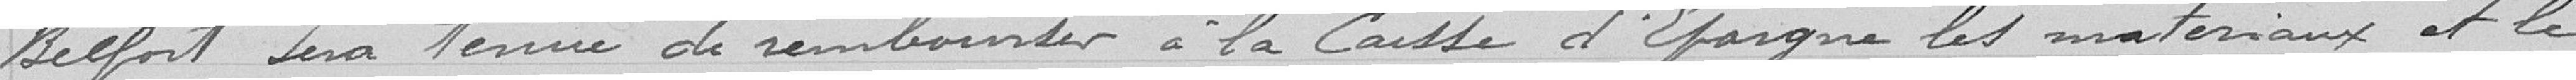
Belfort sera tenue de rembourser à la Caisse d'Epargne les matériaux et le